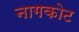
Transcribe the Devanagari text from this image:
नागकोट